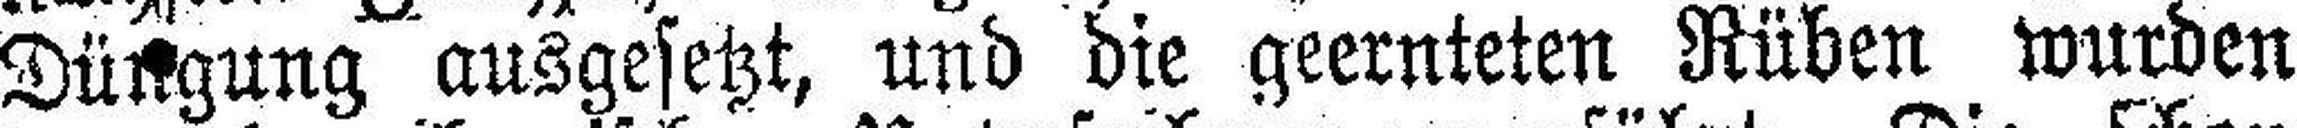
Düngung ausgesetzt, und die geernteten Rüben wurden